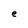
Character: e